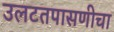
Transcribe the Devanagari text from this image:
उलटतपासणीचा